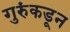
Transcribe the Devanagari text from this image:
गुरुंकडून